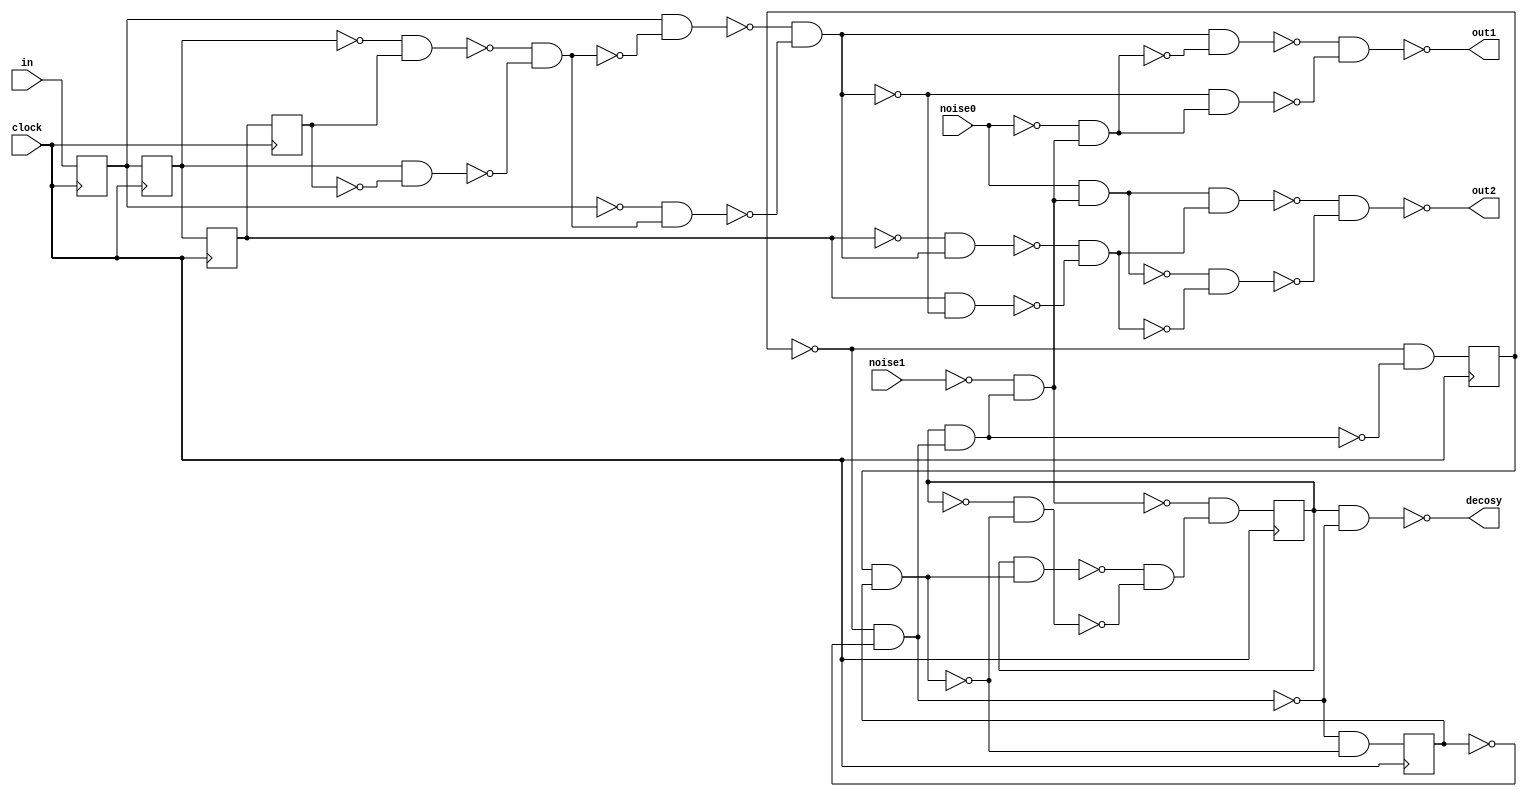
// Benchmark "Convolutional_Code_4" written by ABC on Mon Nov 24 10:08:58 2014

module Convolutional_Code_4 ( clock, 
    in, noise0, noise1,
    out1, out2, decosy  );
  input  clock;
  input  in, noise0, noise1;
  output out1, out2, decosy;
  reg Convolutional_Code_4_r0 , Convolutional_Code_4_r1 ,
    Convolutional_Code_4_r2 , Convolutional_Code_4_r3 ,
    \Convolutional_Code_4|noise(3)|x0 , \Convolutional_Code_4|noise(3)|x1 ,
    \Convolutional_Code_4|noise(3)|x2 ;
  wire n28, n29, n30, n31, n32, n33, n34, n35, n36, n37, n38, n39, n40, n41,
    n42, n43, n44, n45, n46, n47, n48, n50, n52, n53, n54, n14, n19, n24_1,
    n29_1, n34_1, n39_1, n44_1;
  assign n28 = ~Convolutional_Code_4_r1  & Convolutional_Code_4_r3 ;
  assign n29 = Convolutional_Code_4_r1  & ~Convolutional_Code_4_r3 ;
  assign n30 = ~n28 & ~n29;
  assign n31 = Convolutional_Code_4_r0  & ~n30;
  assign n32 = ~Convolutional_Code_4_r0  & n30;
  assign n33 = ~n31 & ~n32;
  assign n34 = ~\Convolutional_Code_4|noise(3)|x0  & ~\Convolutional_Code_4|noise(3)|x1 ;
  assign n35 = \Convolutional_Code_4|noise(3)|x2  & n34;
  assign n36 = ~noise1 & n35;
  assign n37 = ~noise0 & n36;
  assign n38 = n33 & ~n37;
  assign n39 = ~n33 & n37;
  assign n40 = ~n38 & ~n39;
  assign n41 = noise0 & n36;
  assign n42 = ~Convolutional_Code_4_r2  & n33;
  assign n43 = Convolutional_Code_4_r2  & ~n33;
  assign n44 = ~n42 & ~n43;
  assign n45 = n41 & n44;
  assign n46 = ~n41 & ~n44;
  assign n47 = ~n45 & ~n46;
  assign n48 = \Convolutional_Code_4|noise(3)|x2  & ~n34;
  assign n34_1 = ~\Convolutional_Code_4|noise(3)|x0  & ~n35;
  assign n50 = \Convolutional_Code_4|noise(3)|x0  & \Convolutional_Code_4|noise(3)|x1 ;
  assign n39_1 = ~n34 & ~n50;
  assign n52 = \Convolutional_Code_4|noise(3)|x2  & n50;
  assign n53 = ~\Convolutional_Code_4|noise(3)|x2  & ~n50;
  assign n54 = ~n52 & ~n53;
  assign n44_1 = ~n36 & n54;
  assign out1 = ~n40;
  assign out2 = ~n47;
  assign decosy = ~n48;
  assign n14 = in;
  assign n19 = Convolutional_Code_4_r0 ;
  assign n24_1 = Convolutional_Code_4_r1 ;
  assign n29_1 = Convolutional_Code_4_r2 ;
  always @ (posedge clock) begin
    Convolutional_Code_4_r0  <= n14;
    Convolutional_Code_4_r1  <= n19;
    Convolutional_Code_4_r2  <= n24_1;
    Convolutional_Code_4_r3  <= n29_1;
    \Convolutional_Code_4|noise(3)|x0  <= n34_1;
    \Convolutional_Code_4|noise(3)|x1  <= n39_1;
    \Convolutional_Code_4|noise(3)|x2  <= n44_1;
  end
  initial begin
    Convolutional_Code_4_r0  <= 1'b0;
    Convolutional_Code_4_r1  <= 1'b0;
    Convolutional_Code_4_r2  <= 1'b0;
    Convolutional_Code_4_r3  <= 1'b0;
  end
endmodule